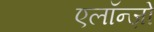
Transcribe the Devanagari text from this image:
एलॉन्ज़ो